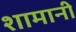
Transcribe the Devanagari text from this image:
शामानी